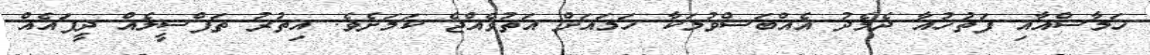
ހަމާސްއާއި ފަތުހުއާ ދެމެދު އެއްބަސްވުމަކާ ހަމައަށް އަތުވެއްޖެ ކަމަށެވެ. އިތުރު ތަފްސީލެއް ދީފައެއް